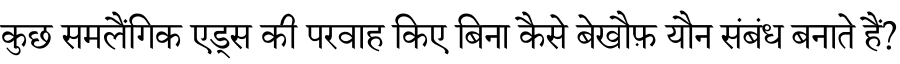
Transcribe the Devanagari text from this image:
कुछ समलैंगिक एड्स की परवाह किए बिना कैसे बेखौफ़ यौन संबंध बनाते हैं?